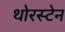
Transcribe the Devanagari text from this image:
थोरस्टेन